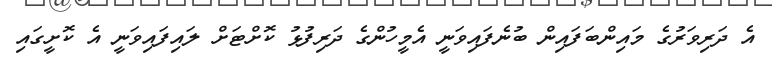
އެ ދަރިވަރުގެ މައިންބަފައިން ބުނެފައިވަނީ އެމީހުންގެ ދަރިފުޅު ކޮށްޓަށް ލައިފައިވަނީ އެ ކޮށީގައި